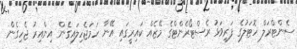
ސެންޓްރަލް ހޮޓަލުގެ ފަރިވަޅު ރެސްޓޯރެންޓްގެ މޭޒެއް ކައިރީގައި އޭނާ ހަމަޖެހިލައިގެން އިންއިރު ޖެހިގެން